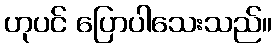
ဟုပင် ပြောပါသေးသည်။